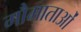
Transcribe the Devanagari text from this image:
गौमाताओं